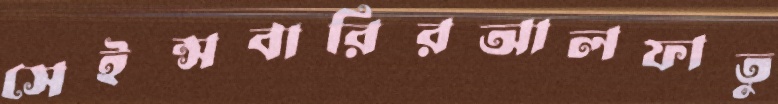
সেইন্সবারিরআলফাতু